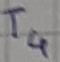
Text: T4